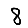
Digit: 8